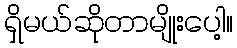
ရှိမယ်ဆိုတာမျိုးပေါ့။